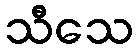
သီသေ